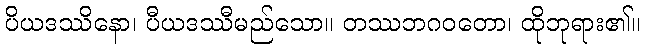
ပိယဒဿိနော၊ ပီယဒဿီမည်သော။ တဿဘဂဝတော၊ ထိုဘုရား၏။